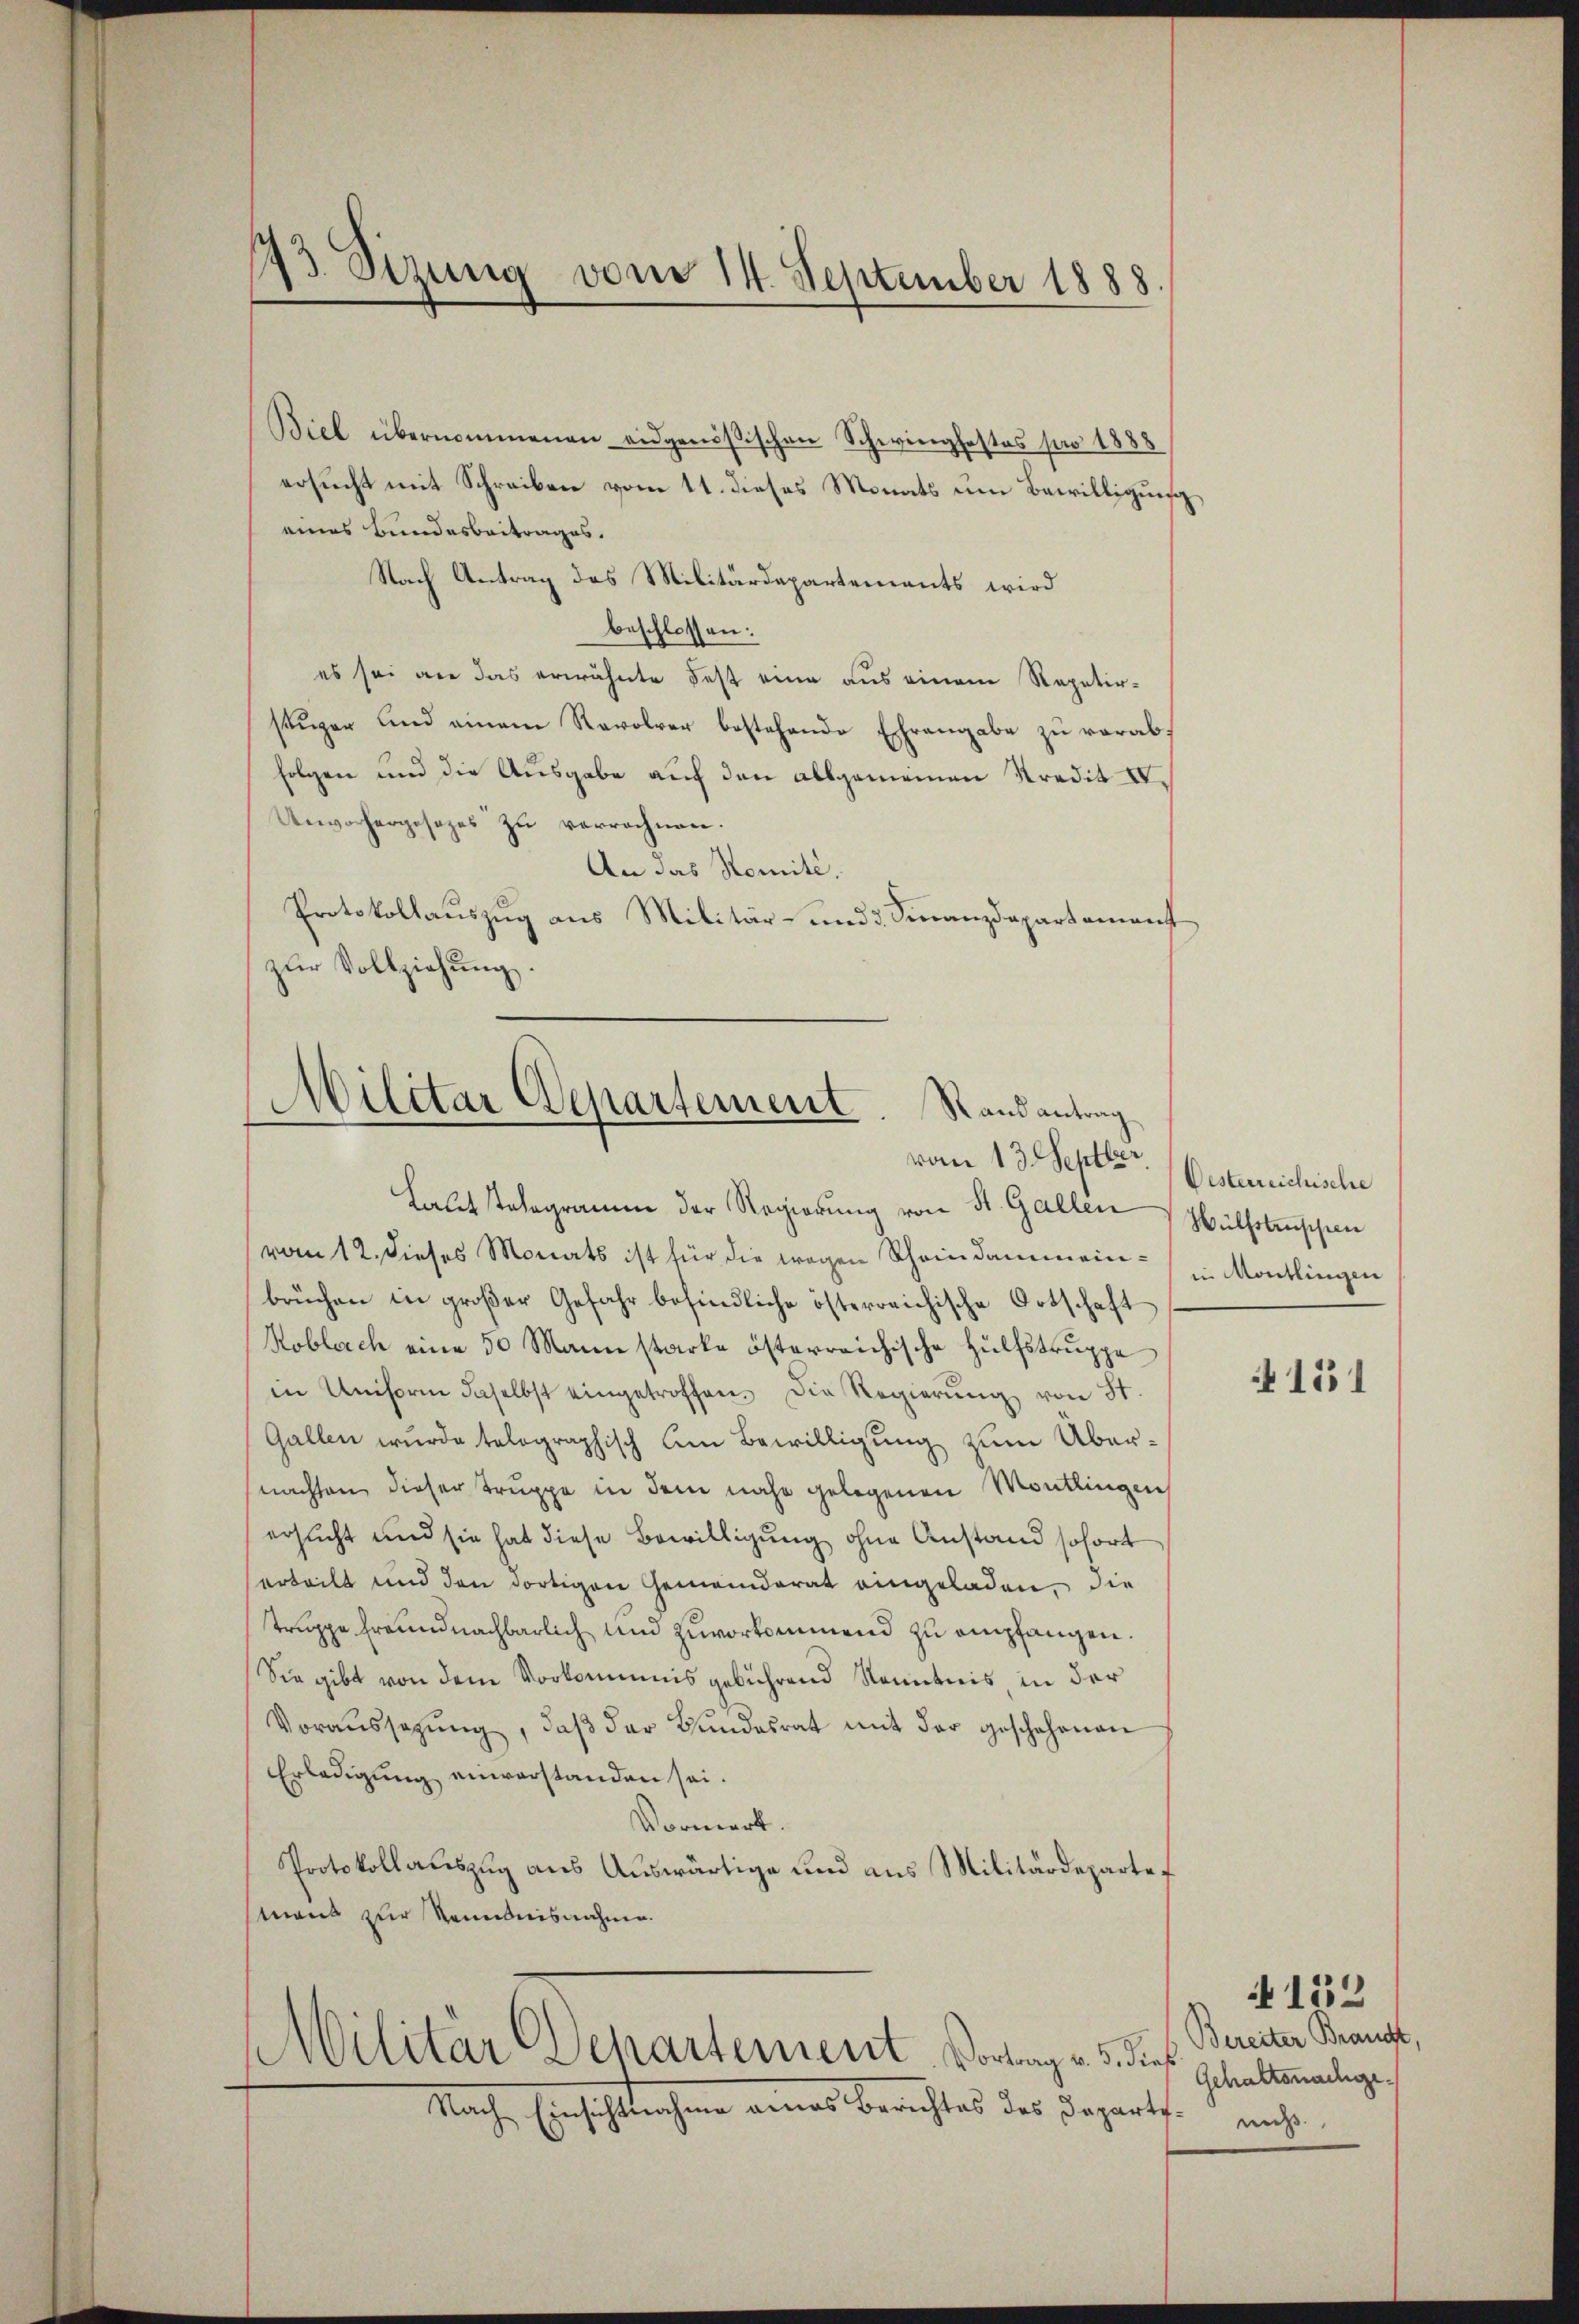
s
13 Stzung vom 14. September 1888

Biel übernommenen eidgenößischen Schwingfestes pro 1888
ersucht mit Schreiben vom 11. dieses Monats um Bewilligung
eines Bundesbeitrages.
Nach Antrag des Militärdepartements wird
beschlossen:
es sei an das erwähnte Fest eine aus einem Repetir-
stüger und einem Revolver bestehende Ehrangabe zu verabfolgen und die Ausgabe auf den allgemeinen Kredit IV
Unvorhergesezes zu verrechnen.
An das Nomité.
Protokollauszug aus Militär- und 3. Finanzdepartement
zŭr Vollziehung.

Militar Departement. Stand antrag

vom 13. Septber
Laut stelegramm der Regierung von St. Gallen Wülfsleischen
vom 12. dieses Monats ist für die wegen Scheindammein in Montingen
brüchen in großer Gefahr befindliche österreichische Ortschaft
Koblach eine 50 Mann starke österreichische Hülfstruppe
in Uniforin daselbst eingetroffen. Die Regierŭng von St.
Gallen wurde tolographisch am Bewilligung zum Übernachten dieser Truppe in dem nahe gelegenen Montlingen
ersucht und sie hat diese Bewilligung ohne Anstand sofort
erteilt und den dortigen Gemeinderat eingeladen, die
truppe Freundnachbarlich und zuvorkommend zu empfangen.
Sie gibt von dem Vorkommnis gebührend Kenntnis, in der
Voraussetzŭng, daβ der Bundesrat mit der geschehenen
Erledigung einverstanden sei.
Vormerk.
Protokollauszug aus Auswärtige und aus Militärdepartemans zur Kenntnisnahme.
Militär Departement. Vortrag v. 5. die
Nache Einsichtlichen eines Berichtes des Depart

Desterreichische

151

Bereiter Brandt,
Gehaltsnachge
nicht

N152